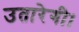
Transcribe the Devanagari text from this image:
उतारेगी।